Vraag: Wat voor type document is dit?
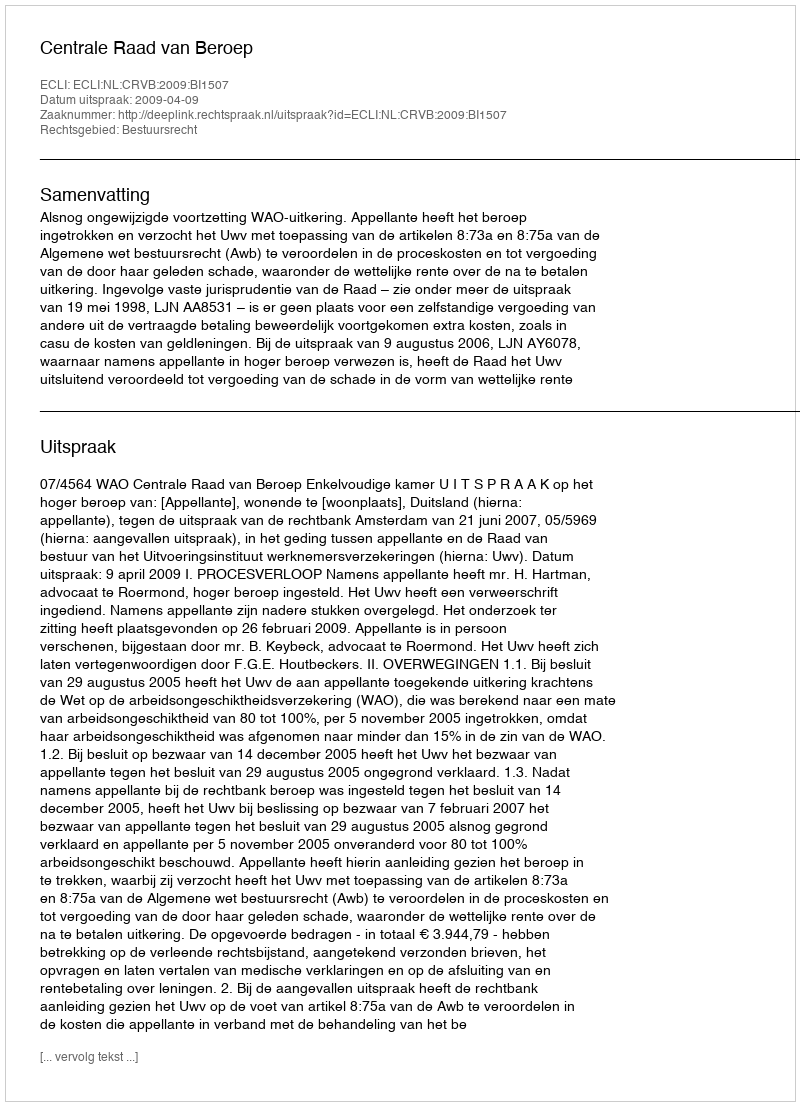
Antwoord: Uitspraak